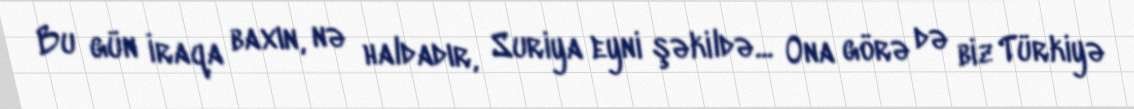
Bu gün İraqa baxın, nə haldadır, Suriya eyni şəkildə... Ona görə də biz Türkiyə